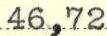
46,72